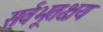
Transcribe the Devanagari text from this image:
सर्वभूतक्षय